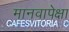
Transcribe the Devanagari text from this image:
मानवापेक्षा